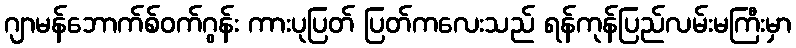
ဂျာမန်ဘောက်စ်ဝက်ဂွန်း ကားပုပြတ် ပြတ်ကလေးသည် ရန်ကုန်ပြည်လမ်းမကြီးမှာ